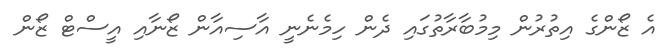
އެ ޒޯންގެ އިތުރުން މިމުބާރާތުގައި ދެން ހިމެނެނީ އާސިއާން ޒޯނާއި އީސްޓް ޒޯން